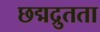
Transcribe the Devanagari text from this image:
छद्मद्रुतता